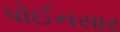
પોઈનસાર